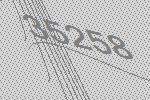
35258